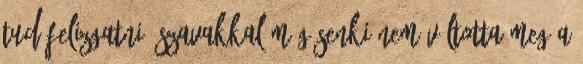
tud felizgatni. Szavakkal még senki nem váltotta meg a